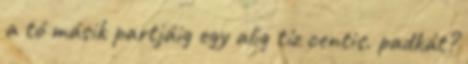
a tó másik partjáig egy alig tíz centis. padkát?